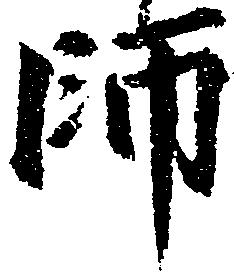
師